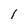
Character: 1